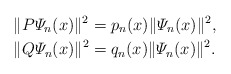
\begin{align*}&\|P\varPsi_n(x)\|^2 = p_n(x)\|\varPsi_n(x)\|^2, \\&\|Q\varPsi_n(x)\|^2 = q_n(x)\|\varPsi_n(x)\|^2. \end{align*}